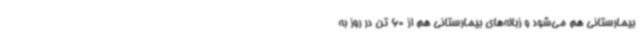
بیمارستانی هم می‌شود و زباله‌های بیمارستانی هم از 60 تن در روز به